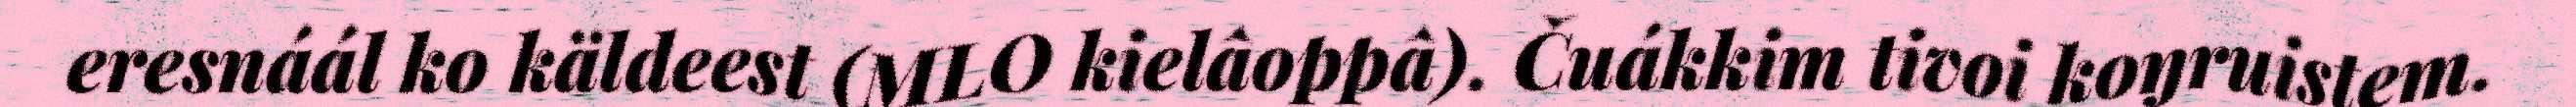
eresnáál ko käldeest (MLO kielâoppâ). Čuákkim tivoi koŋruistem.